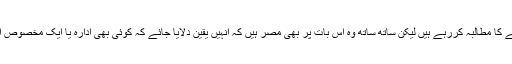
اب مولانا بظاہر عمران خان کے استعفٰے کا مطالبہ کررہے ہیں لیکن ساتھ ساتھ وہ اس بات پر بھی مصر ہیں کہ انہیں یقین دلایا جائے کہ کوئی بھی ادارہ یا ایک مخصوص ادارہ سیاست میں اپنی مداخلت بند کرے۔